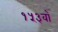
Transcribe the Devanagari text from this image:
१५३वाँ